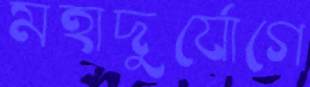
মহাদুর্যোগে